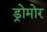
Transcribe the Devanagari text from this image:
ड्रोमोर